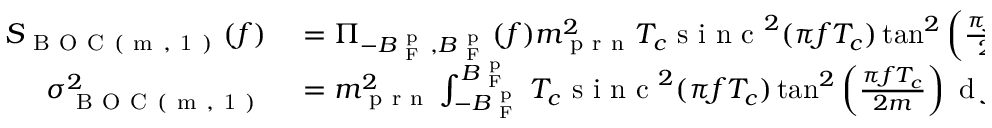
\begin{array} { r l } { S _ { \mathrm { ~ B ~ O ~ C ~ ( ~ m ~ , ~ 1 ~ ) ~ } } ( f ) } & { { } = \Pi _ { - B _ { \mathrm { ~ F ~ } } ^ { \mathrm { ~ p ~ } } , B _ { \mathrm { ~ F ~ } } ^ { \mathrm { ~ p ~ } } } ( f ) m _ { \mathrm { ~ p ~ r ~ n ~ } } ^ { 2 } T _ { c } \mathrm { ~ s ~ i ~ n ~ c ~ } ^ { 2 } ( \pi f T _ { c } ) \tan ^ { 2 } \left( \frac { \pi f T _ { c } } { 2 m } \right) , } \\ { \sigma _ { \mathrm { ~ B ~ O ~ C ~ ( ~ m ~ , ~ 1 ~ ) ~ } } ^ { 2 } } & { { } = m _ { \mathrm { ~ p ~ r ~ n ~ } } ^ { 2 } \int _ { - B _ { \mathrm { ~ F ~ } } ^ { \mathrm { ~ p ~ } } } ^ { B _ { \mathrm { ~ F ~ } } ^ { \mathrm { ~ p ~ } } } T _ { c } \mathrm { ~ s ~ i ~ n ~ c ~ } ^ { 2 } ( \pi f T _ { c } ) \tan ^ { 2 } \left( \frac { \pi f T _ { c } } { 2 m } \right) \mathrm { ~ d ~ } f , } \end{array}